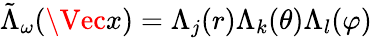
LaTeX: \tilde{\Lambda}_{\omega}(\Vec{x})=\Lambda_{j}(r)\Lambda_{k}(\theta)\Lambda_{l}(\varphi)